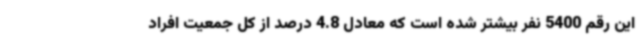
این رقم 5400 نفر بیشتر شده است که معادل 4.8 درصد از کل جمعیت افراد